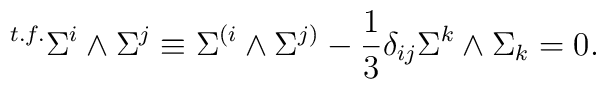
{}^{t.f.} \Sigma^i \wedge \Sigma^j    \equiv \Sigma^{(i} \wedge \Sigma^{j)}    - {1 \over 3} \delta_{ij} \Sigma^k \wedge \Sigma_k = 0.